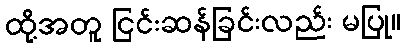
ထို့အတူ ငြင်းဆန်ခြင်းလည်း မပြု။